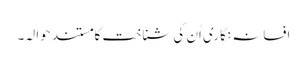
افسانہ نگاری اُن کی شناخت کا مستند حوالہ۔